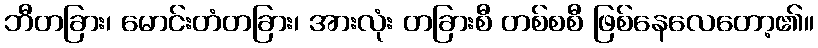
ဘီတခြား၊ မောင်းတံတခြား၊ အားလုံး တခြားစီ တစ်စစီ ဖြစ်နေလေတော့၏။